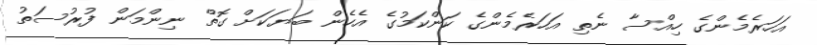
އަހަރެމެންގެ ހިއްސާ ނެތި އަހަރެމެންގެ ކަންކަމުގެ އެހެން ބަޔަކަށް ގޮތް ނިންމަން ފުރުސަތު